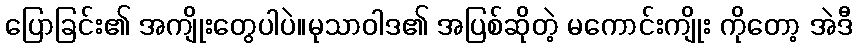
ပြောခြင်း၏ အကျိုးတွေပါပဲ။မုသာဝါဒ၏ အပြစ်ဆိုတဲ့ မကောင်းကျိုး ကိုတော့ အဲဒီ